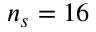
n _ { s } = 1 6